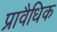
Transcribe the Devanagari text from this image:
प्रावैधिक